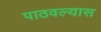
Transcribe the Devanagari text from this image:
पाठवल्‍यास